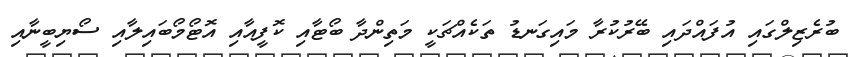
ބުރެޒިލްގައި އުފައްދައި ބޭރުކުރާ މައިގަނޑު ތަކެއްޗަކީ މަތިންދާ ބޯޓާއި ކޮފީއާއި އޮޓޯމޯބައިލާއި ސޯޔިބީނާއި